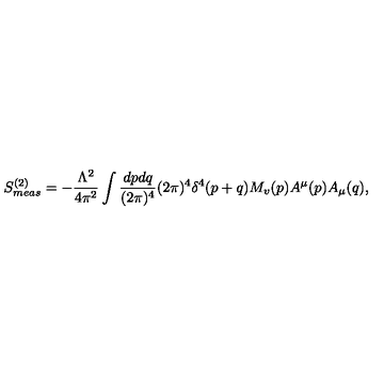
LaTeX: S _ { m e a s } ^ { ( 2 ) } = - \frac { \Lambda ^ { 2 } } { 4 \pi ^ { 2 } } \int \frac { d p d q } { ( 2 \pi ) ^ { 4 } } ( 2 \pi ) ^ { 4 } \delta ^ { 4 } ( p + q ) M _ { v } ( p ) A ^ { \mu } ( p ) A _ { \mu } ( q ) ,